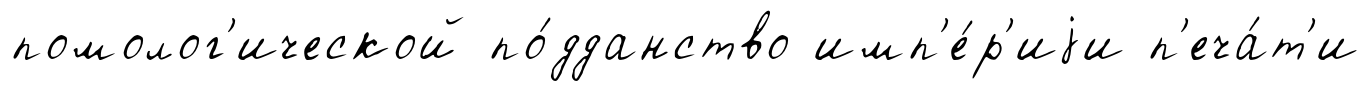
помолог'ической по́дданство имп'е́р'иjи п'еча́т'и